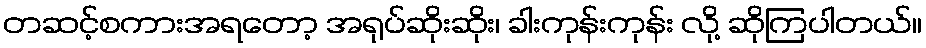
တဆင့်စကားအရတော့ အရုပ်ဆိုးဆိုး၊ ခါးကုန်းကုန်း လို့ ဆိုကြပါတယ်။